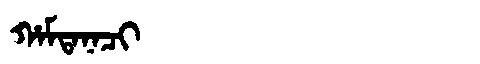
Manchu: ᡥᠠᠮᡨᠠᠨᠠᠴᡳ
Romanization: HAMTANACI